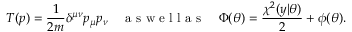
T ( p ) = \frac { 1 } { 2 m } \delta ^ { \mu \nu } p _ { \mu } p _ { \nu } \quad \mathrm { ~ a ~ s ~ w ~ e ~ l ~ l ~ a ~ s ~ } \quad \Phi ( \theta ) = \frac { \chi ^ { 2 } ( y | \theta ) } { 2 } + \phi ( \theta ) .